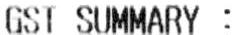
GST SUMMARY :